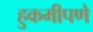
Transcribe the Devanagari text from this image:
हुकमीपणे